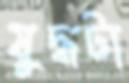
যুদ্ধটা